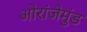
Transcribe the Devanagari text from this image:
ओरांजेमुंड